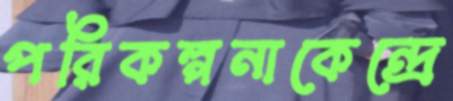
পরিকল্পনাকেন্দ্রে